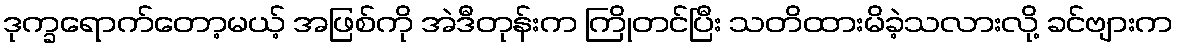
ဒုက္ခရောက်တော့မယ့် အဖြစ်ကို အဲဒီတုန်းက ကြိုတင်ပြီး သတိထားမိခဲ့သလားလို့ ခင်ဗျားက